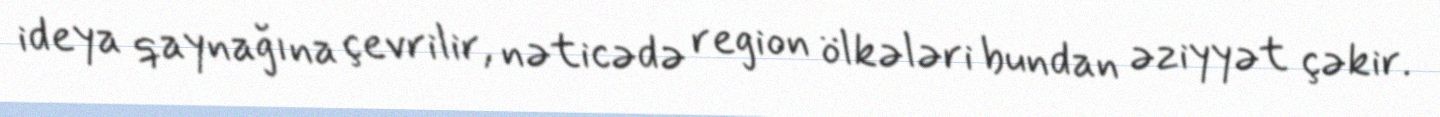
ideya qaynağına çevrilir, nəticədə region ölkələri bundan əziyyət çəkir.